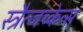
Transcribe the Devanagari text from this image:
स्त्रैत्जच्केत्स्